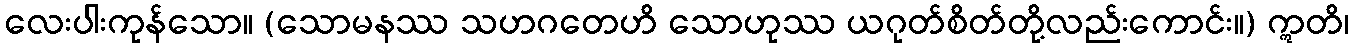
လေးပါးကုန်သော။ (သောမနဿ သဟဂတေဟိ သောဟုဿ ယဂုတ်စိတ်တို့လည်းကောင်း။) ဣတိ၊